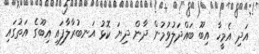
އަދި އެމީހާ އިބޫ ބައްދަލުވުމުން ދާން ދިޔަ ކޮޅު އަނބުރާލާފައި އިބޫގެ އަތުގައި